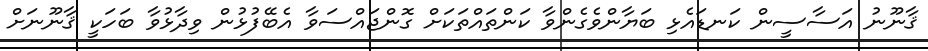
ޤާނޫނު އަސާސީން ކަނޑައެޅި ބަޔާންވެގެންވާ ކަންތައްތަކަށް ގޮންޖައްސަވާ އެބޭފުޅުން ވިދާޅުވާ ބަހަކީ ޤާނޫނަށް